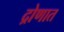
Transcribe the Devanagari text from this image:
द्रोणात